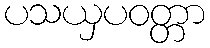
ပသယှပဝတ္တာ